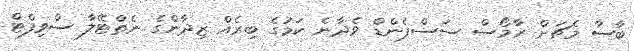
ބާސާ މެޗަށް ރާމޯސް ސަސްޕެންޑް ވެދާނެ ކަމުގެ ބިރެއް ޒިދާންގެ ނެތްޓޭލާ ސްވިފްޓް